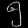
Digit: ၅